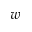
w